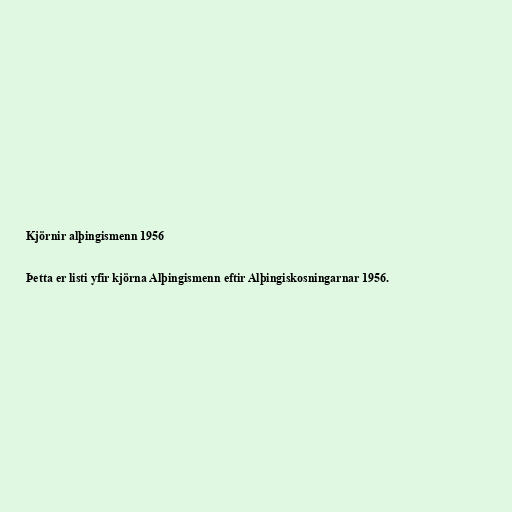
Kjörnir alþingismenn 1956

Þetta er listi yfir kjörna Alþingismenn eftir Alþingiskosningarnar 1956.